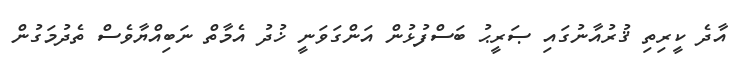
އާދެ ކީރިތި ޤުރުއާނުގައި ޞަރީޙު ބަސްފުޅުން އަންގަވަނީ ޚުދު އެމާތް ނަބިއްޔާވެސް ތެދުމަގުން